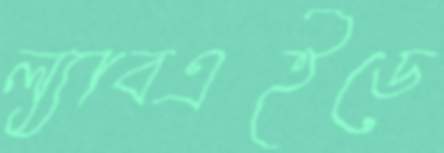
ল্যাবএইডে